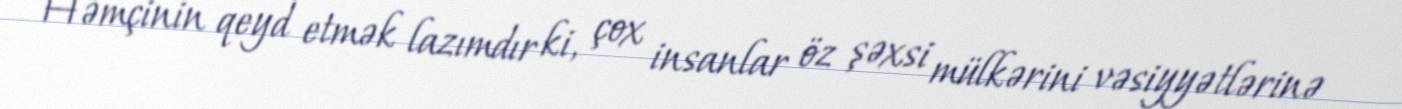
Həmçinin qeyd etmək lazımdır ki, çox insanlar öz şəxsi mülkərini vəsiyyətlərinə